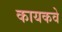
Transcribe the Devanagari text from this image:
कायकवे